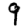
Digit: 9